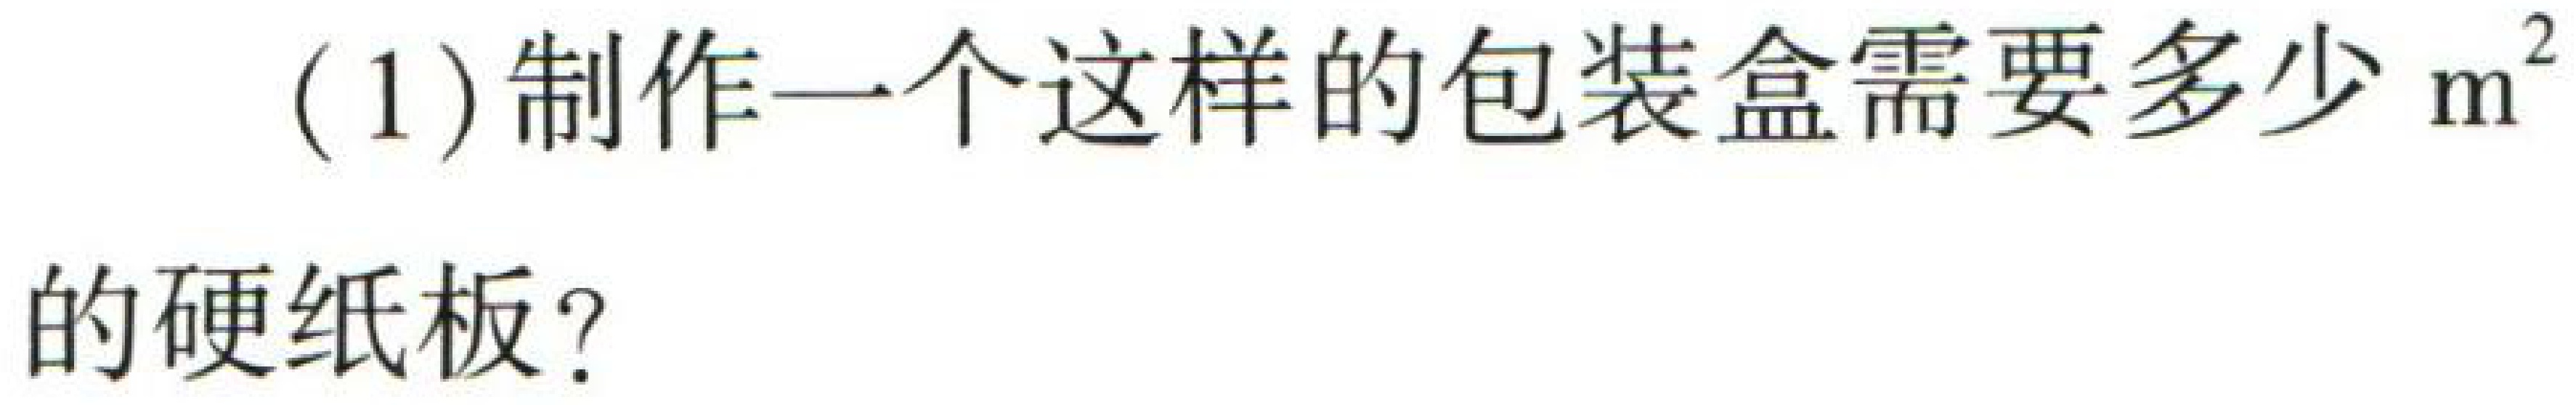
(1)制作一个这样的包装盒需要多少\(m^{2}\)的硬纸板？